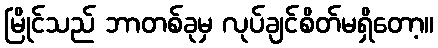
မြိုင်သည် ဘာတစ်ခုမှ လုပ်ချင်စိတ်မရှိတော့။